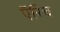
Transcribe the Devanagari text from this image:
ऍरिच